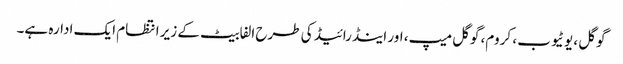
گوگل ، یوٹیوب ، کروم، گوگل میپ، اور اینڈرائیڈ کی طرح الفابیٹ کے زیر انتظام ایک ادارہ ہے۔